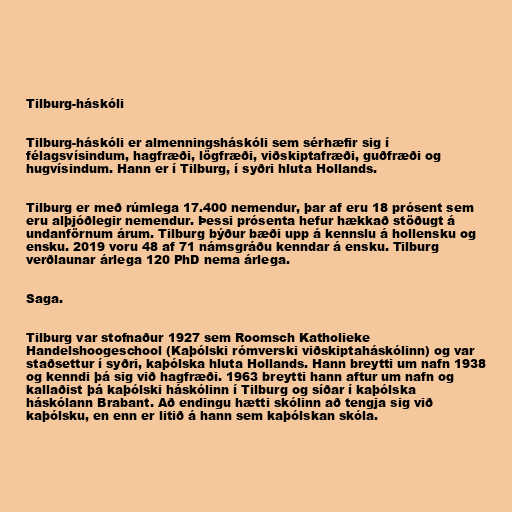
Tilburg-háskóli

Tilburg-háskóli er almenningsháskóli sem sérhæfir sig í
félagsvísindum, hagfræði, lögfræði, viðskiptafræði, guðfræði og
hugvísindum. Hann er í Tilburg, í syðri hluta Hollands.

Tilburg er með rúmlega 17.400 nemendur, þar af eru 18 prósent sem
eru alþjóðlegir nemendur. Þessi prósenta hefur hækkað stöðugt á
undanförnum árum. Tilburg býður bæði upp á kennslu á hollensku og
ensku. 2019 voru 48 af 71 námsgráðu kenndar á ensku. Tilburg
verðlaunar árlega 120 PhD nema árlega.

Saga.

Tilburg var stofnaður 1927 sem Roomsch Katholieke
Handelshoogeschool (Kaþólski rómverski viðskiptaháskólinn) og var
staðsettur í syðri, kaþólska hluta Hollands. Hann breytti um nafn 1938
og kenndi þá sig við hagfræði. 1963 breytti hann aftur um nafn og
kallaðist þá kaþólski háskólinn í Tilburg og síðar í kaþólska
háskólann Brabant. Að endingu hætti skólinn að tengja sig við
kaþólsku, en enn er litið á hann sem kaþólskan skóla.